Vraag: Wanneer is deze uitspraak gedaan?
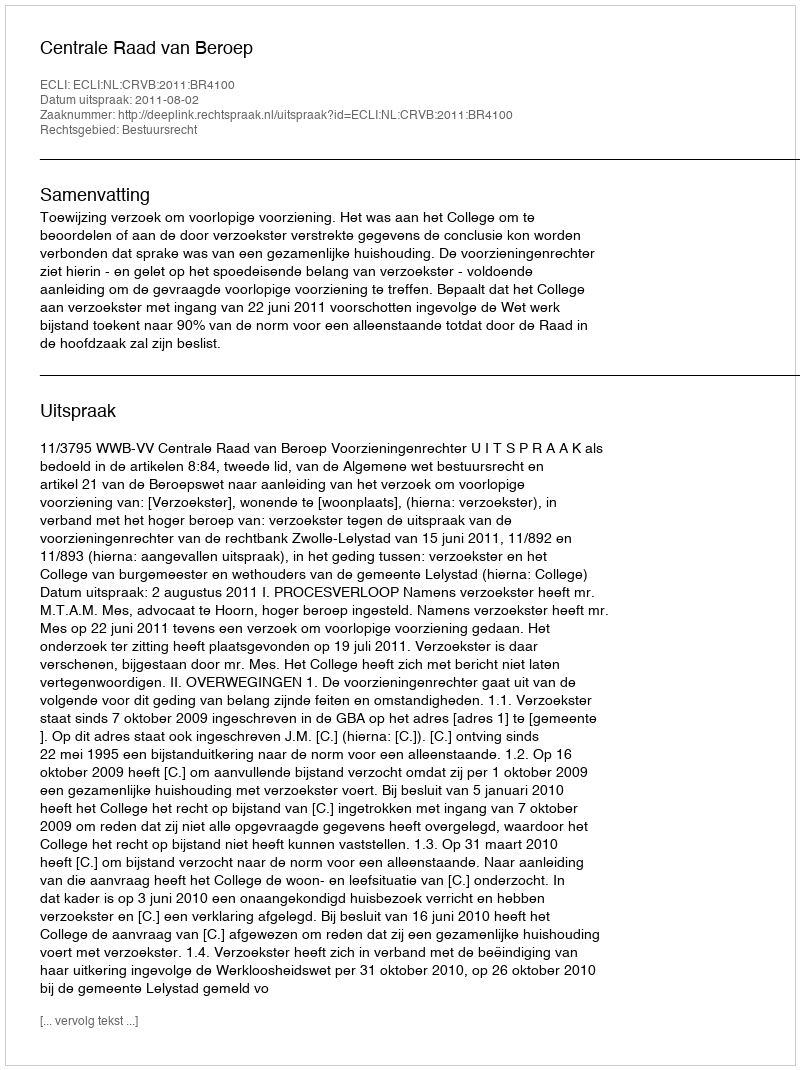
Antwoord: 2011-08-02